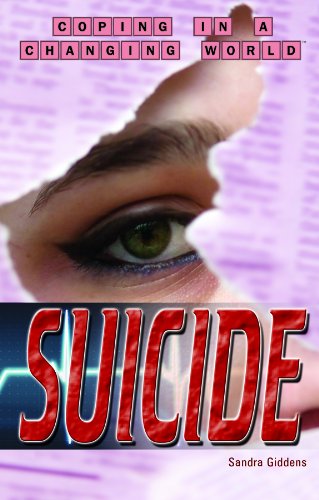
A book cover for Suicide (Coping in a Changing World); Sandra Giddens; Teen & Young Adult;